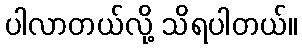
ပါလာတယ်လို့ သိရပါတယ်။